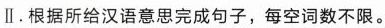
Ⅱ.根据所给汉语意思完成句子,每空词数不限.